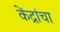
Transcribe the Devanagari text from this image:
केंद्रांचा